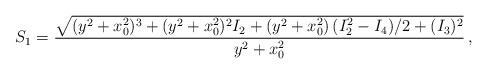
LaTeX: \begin{align*}S_1=\frac{\sqrt{(y^2+x_0^2)^3+(y^2+x_0^2)^2 I_2+(y^2+x_0^2)\, (I_2^2-I_4)/2 +(I_3)^2}}{y^2+x_0^2}\, ,\end{align*}